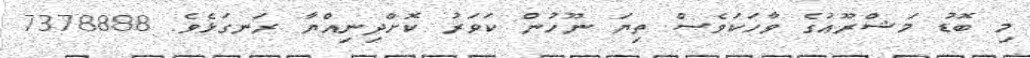
މި ބޮޑު މަޝްރޫޢުގެ ވާހަކަވެސް ތިޔަ ނޫހުން ކަވަރު ކޮށްދިނިއްޔާ ރަނގަޅެވެ. 7378888